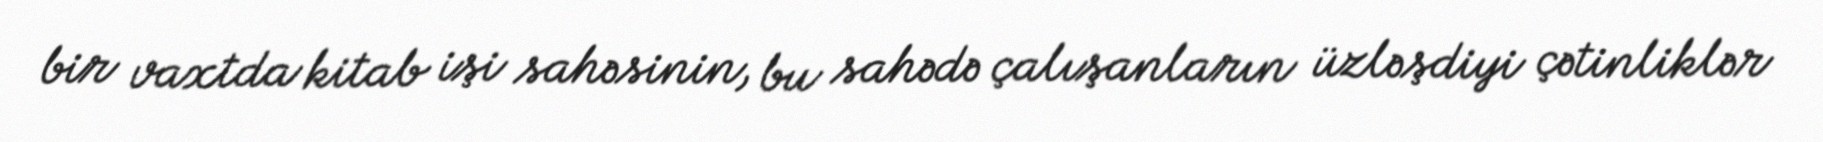
bir vaxtda kitab işi sahəsinin, bu sahədə çalışanların üzləşdiyi çətinliklər